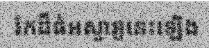
រ៉កដ៏ធំអស្ចារ្យនេះឡើង